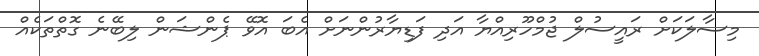
މިސާލަކަށް ރައީސުލް ޖުމްހޫރިއްޔާ އަދި ފަޑިޔާރުންނަށް އެބަ އޮވޭ ޕެންޝަން ލިބޭނެ ގޮތްތަކެއް